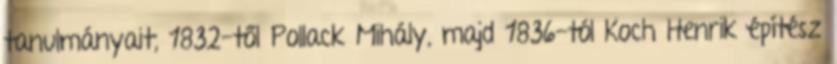
tanulmányait, 1832-től Pollack Mihály, majd 1836-tól Koch Henrik építész